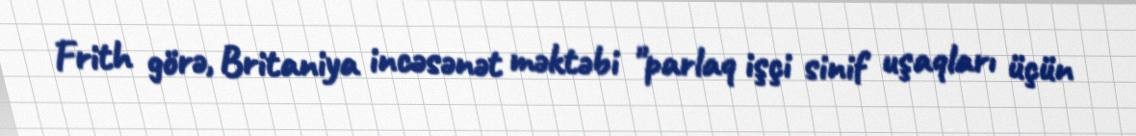
Frith görə, Britaniya incəsənət məktəbi "parlaq işçi sinif uşaqları üçün